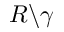
R \backslash \gamma